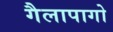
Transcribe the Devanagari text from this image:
गैलापागो